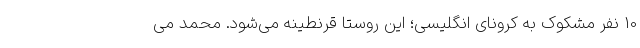
10 نفر مشکوک به کرونای انگلیسی؛ این روستا قرنطینه می‌شود. محمد می